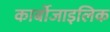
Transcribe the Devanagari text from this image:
कार्बोजाइलिक